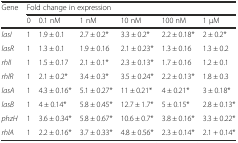
<table><thead><tr><td rowspan="2"><b>Gene</b></td><td colspan="6"><b>Fold change in expression</b></td></tr><tr><td><b>0</b></td><td><b>0.1 nM</b></td><td><b>1 nM</b></td><td><b>10 nM</b></td><td><b>100 nM</b></td><td><b>1 μM</b></td></tr></thead><tbody><tr><td><i>lasI</i></td><td>1</td><td>1.9 ± 0.1</td><td>2.7 ± 0.2*</td><td>3.3 ± 0.2*</td><td>2.2 ± 0.18*</td><td>2 ± 0.2*</td></tr><tr><td><i>lasR</i></td><td>1</td><td>1.3 ± 0.1</td><td>1.9 ± 0.16</td><td>2.1 ± 0.23*</td><td>1.3 ± 0.16</td><td>1.3 ± 0.2</td></tr><tr><td><i>rhlI</i></td><td>1</td><td>1.5 ± 0.17</td><td>2.1 ± 0.1*</td><td>2.3 ± 0.13*</td><td>1.7 ± 0.16</td><td>1.2 ± 0.1</td></tr><tr><td><i>rhlR</i></td><td>1</td><td>2.1 ± 0.2*</td><td>3.4 ± 0.3*</td><td>3.5 ± 0.24*</td><td>2.2 ± 0.13*</td><td>1.8 ± 0.3</td></tr><tr><td><i>lasA</i></td><td>1</td><td>4.3 ± 0.16*</td><td>5.1 ± 0.27*</td><td>11 ± 0.21*</td><td>4 ± 0.21*</td><td>3 ± 0.18*</td></tr><tr><td><i>lasB</i></td><td>1</td><td>4 ± 0.14*</td><td>5.8 ± 0.45*</td><td>12.7 ± 1.7*</td><td>5 ± 0.15*</td><td>2.8 ± 0.13*</td></tr><tr><td><i>phzH</i></td><td>1</td><td>3.6 ± 0.34*</td><td>5.8 ± 0.67*</td><td>10.6 ± 0.7*</td><td>3.8 ± 0.16*</td><td>3.3 ± 0.22*</td></tr><tr><td><i>rhlA</i></td><td>1</td><td>2.2 ± 0.16*</td><td>3.7 ± 0.33*</td><td>4.8 ± 0.56*</td><td>2.3 ± 0.14*</td><td>2.1 + 0.14*</td></tr></tbody></table>